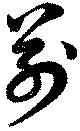
前